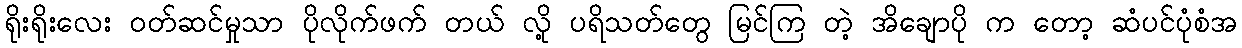
ရိုးရိုးလေး ဝတ်ဆင်မှုသာ ပိုလိုက်ဖက် တယ် လို့ ပရိသတ်တွေ မြင်ကြ တဲ့ အိချောပို က တော့ ဆံပင်ပုံစံအ